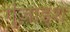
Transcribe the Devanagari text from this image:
गुंज़ाइश